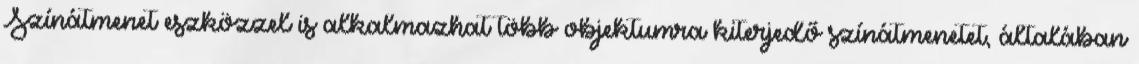
Színátmenet eszközzel is alkalmazhat több objektumra kiterjedő színátmenetet, általában